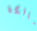
مالكة